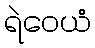
ရဲဝေယံ